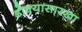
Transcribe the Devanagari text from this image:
डोक्यासारखा